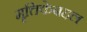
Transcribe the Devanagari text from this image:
मृत्तिकेबद्दल